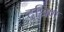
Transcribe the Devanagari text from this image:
दश्रिण